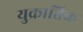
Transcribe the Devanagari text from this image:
युक्रातिक